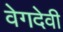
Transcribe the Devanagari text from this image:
वेगदेवी